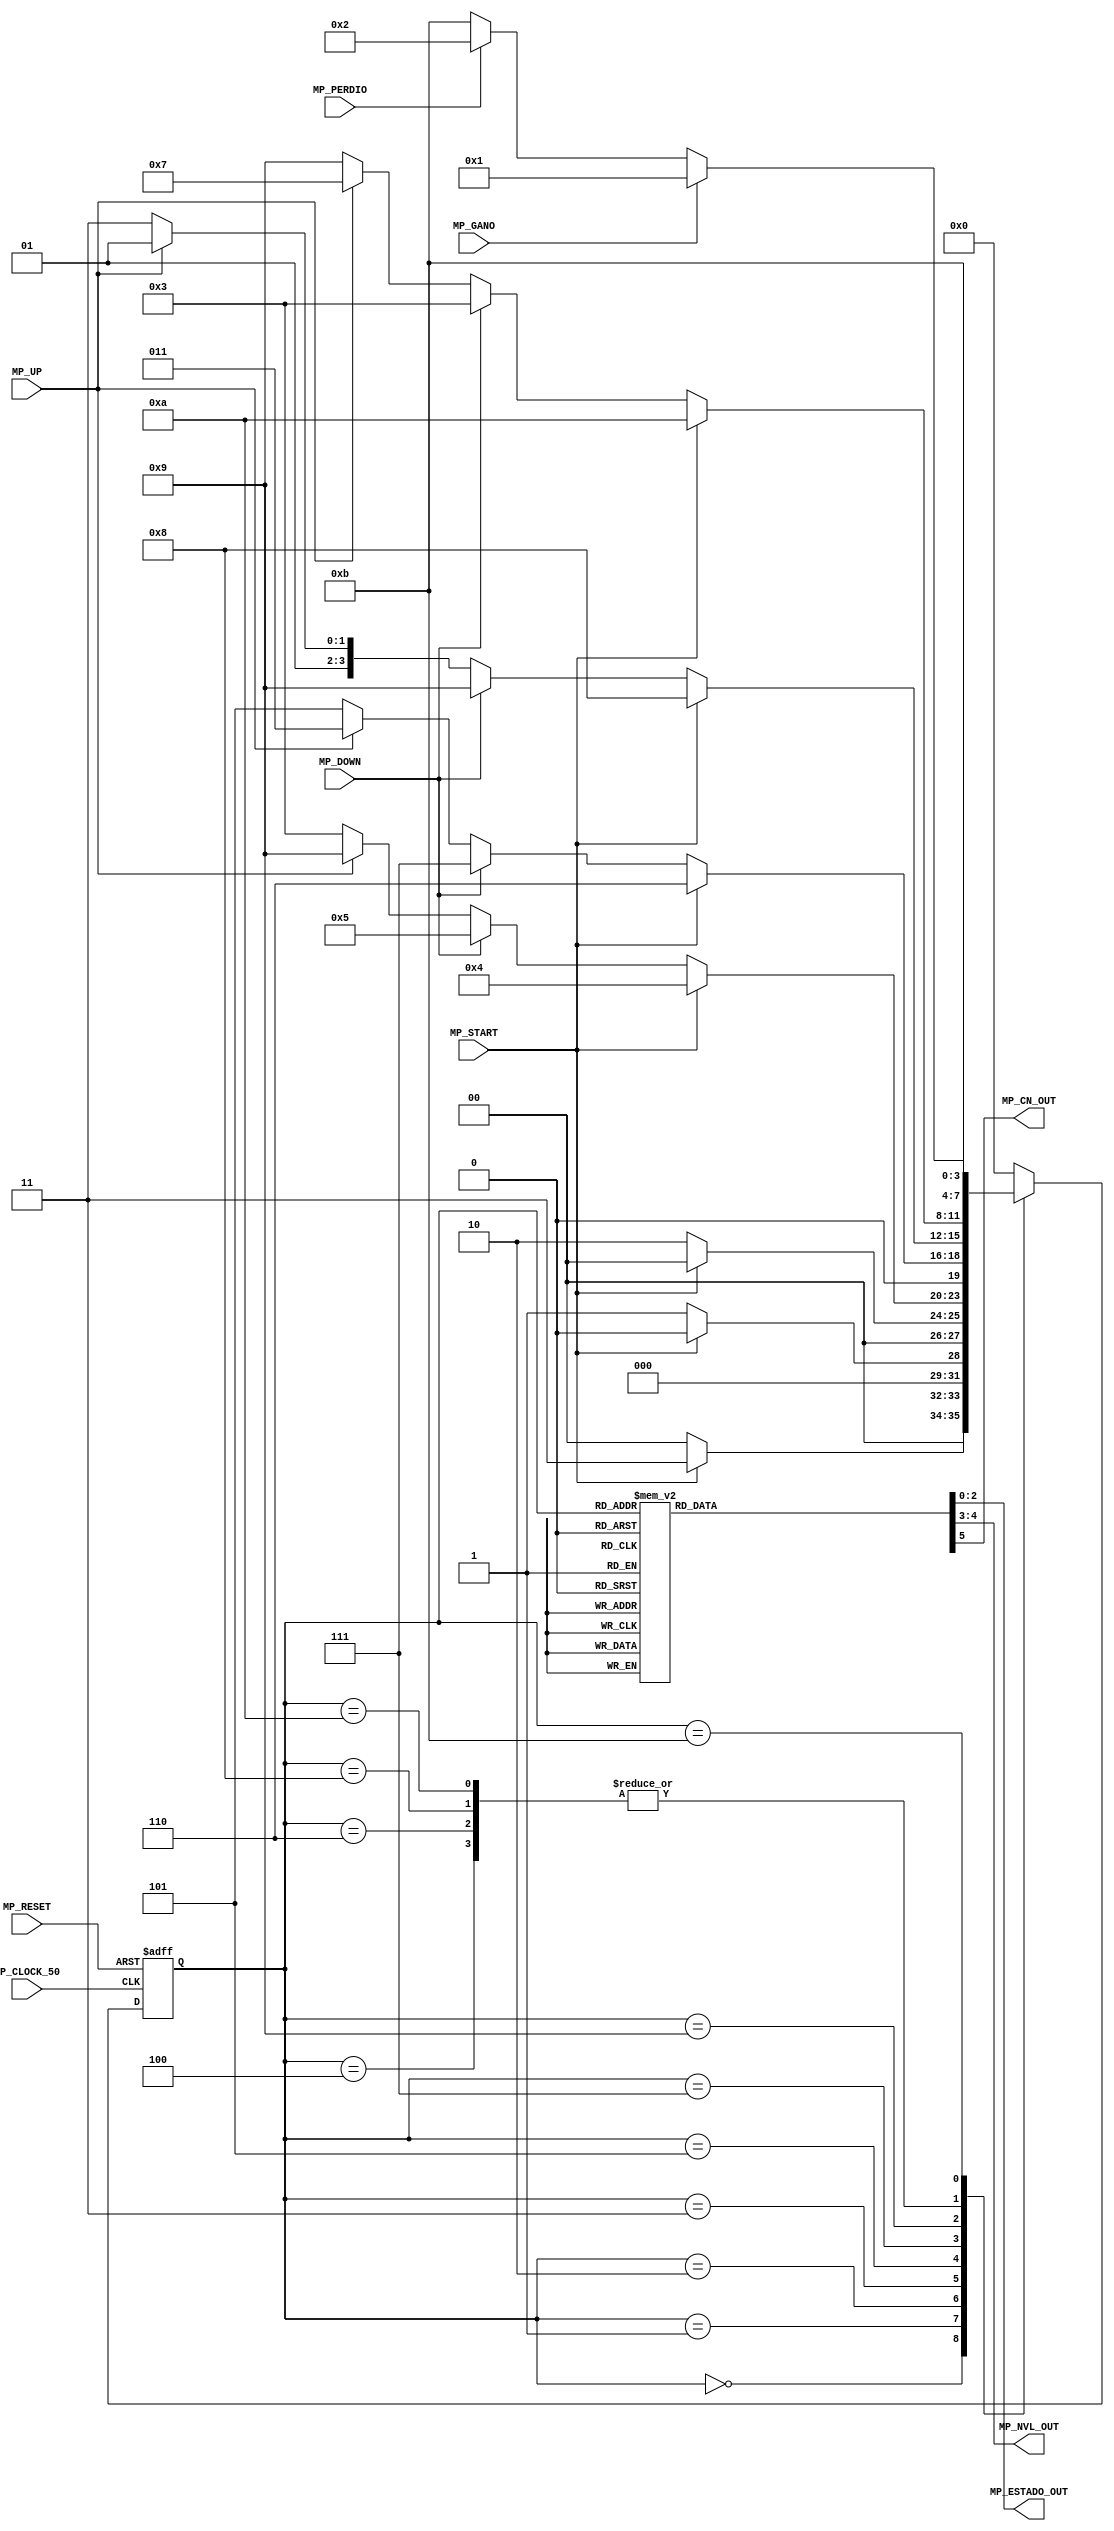
//=======================================================
//  MODULE Definition
//=======================================================
module MENU_PRINCIPAL(
//////////// OUTPUTS //////////
	MP_ESTADO_OUT,
	MP_NVL_OUT,
	MP_CN_OUT,
//////////// INPUTS //////////
	MP_GANO,
	MP_PERDIO,
	MP_DOWN,
	MP_UP,
	MP_START,
	MP_CLOCK_50,
	MP_RESET
);
//=======================================================
//  PARAMETER declarations
//=======================================================
	parameter DATAWIDTH_ESTADO=3;
	parameter DATAWIDTH_NIVEL=2;
// states declaration
	parameter Inicio = 4'b0000;
	parameter GanarJuego = 4'b0001;
	parameter PerderJuego = 4'b0010;
	parameter Seleccion1 = 4'b0011;
	parameter Nivel1 = 4'b0100;
	parameter Seleccion2 = 4'b0101;
	parameter Nivel2 = 4'b0110;
	parameter Seleccion3= 4'b0111;
	parameter Nivel3 = 4'b1000;
	parameter Seleccion4 = 4'b1001;
	parameter Nivel4 = 4'b1010;
	parameter Juego = 4'b1011;
//=======================================================
//  PORT declarations
//=======================================================
	output reg [DATAWIDTH_ESTADO-1:0]MP_ESTADO_OUT;
	output reg [DATAWIDTH_NIVEL-1:0] MP_NVL_OUT;
	output reg MP_CN_OUT;
	input MP_GANO;
	input MP_PERDIO;
	input MP_DOWN;
	input MP_UP;
	input MP_START;
	input MP_CLOCK_50;
	input MP_RESET;
		
//=======================================================
//  REG/WIRE declarations
//=======================================================
reg [3:0] St_Register;
reg [3:0] St_Signal;
//=======================================================
//  Structural coding
//=======================================================
//-------INPUT LOGIC: COMBINATIONAL-----------------------------
// NEXT STATE LOGIC : COMBINATIONAL
	always @(*)
	case (St_Register)
	
		Inicio: 	if(MP_START == 1'b1)
							St_Signal = Seleccion1 ;
					else 	St_Signal = Inicio; //MANTIENE EL ESTADO.
		GanarJuego: if (MP_START == 1'b1)
								St_Signal = Inicio;
						else St_Signal = GanarJuego; //MANTIENE EL ESTADO.
		PerderJuego: if (MP_START == 1'b1) 
							St_Signal = Inicio;
						else St_Signal = PerderJuego; //MANTIENE EL ESTADO.
		Seleccion1: if (MP_START == 1'b1)
								St_Signal = Nivel1;
						else if (MP_DOWN == 1'b1)
								St_Signal = Seleccion2;
						else if(MP_UP == 1'b1)
								St_Signal = Seleccion4;
						else	St_Signal = Seleccion1; //MANTIENE EL ESTADO
		Nivel1:    St_Signal = Juego;
		Seleccion2: if (MP_START == 1'b1)
								St_Signal = Nivel2;
						else if (MP_DOWN == 1'b1)
								St_Signal = Seleccion3;
						else if(MP_UP == 1'b1)
								St_Signal = Seleccion1;
						else	St_Signal = Seleccion2; //MANTIENE EL ESTADO
		Nivel2:    St_Signal = Juego;
		Seleccion3: if (MP_START == 1'b1)
								St_Signal = Nivel3;
						else if (MP_DOWN == 1'b1)
								St_Signal = Seleccion4;
						else if(MP_UP == 1'b1)
								St_Signal = Seleccion2;
						else	St_Signal = Seleccion3; //MANTIENE EL ESTADO
		Nivel3:    St_Signal = Juego;	
		Seleccion4: if (MP_START == 1'b1)
								St_Signal = Nivel4;
						else if (MP_DOWN == 1'b1)
								St_Signal = Seleccion1;
						else if(MP_UP == 1'b1)
								St_Signal = Seleccion3;
						else	St_Signal = Seleccion4; //MANTIENE EL ESTADO
		Nivel4:  	St_Signal = Juego;	
		Juego: if (MP_GANO == 1'b1 ) 
							St_Signal = GanarJuego;	
					else if (MP_PERDIO == 1'b1) 
							St_Signal = PerderJuego;		
					else St_Signal = Juego; //MANTIENE EL ESTADO.	
	default : St_Signal =  Inicio;
	endcase

//-------STATE REGISTER : SEQUENTIAL----------------------------
	always @ ( posedge MP_CLOCK_50 , posedge MP_RESET)
		if (MP_RESET==1)
			St_Register <= Inicio;
		else
			St_Register <= St_Signal;
			
//=======================================================
//  Outputs
//=======================================================
//-----------OUTPUT LOGIC : COMBINATIONAL -------------------------
	always @ (*)
		case (St_Register)
			Inicio :  
			begin  
			MP_ESTADO_OUT=3'b000;
			MP_NVL_OUT=2'b00;
			MP_CN_OUT=1'b0;
			end 
			GanarJuego:  
			begin 
			MP_ESTADO_OUT=3'b101;
			MP_NVL_OUT=2'b00;
			MP_CN_OUT=1'b0;
			end 
			PerderJuego:  
			begin 
			MP_ESTADO_OUT=3'b110;
			MP_NVL_OUT=2'b00;
			MP_CN_OUT=1'b0;
			end 
			Seleccion1:  
			begin 
			MP_ESTADO_OUT=3'b001;
			MP_NVL_OUT=2'b00;
			MP_CN_OUT=1'b0;
			end 
			Nivel1:
			begin 
			MP_ESTADO_OUT=3'b001;
			MP_NVL_OUT=2'b00;
			MP_CN_OUT=1'b1;
			end 
			Seleccion2:  
			begin 
			MP_ESTADO_OUT=3'b010;
			MP_NVL_OUT=2'b00;
			MP_CN_OUT=1'b0;
			end 
			Nivel2:
			begin 
			MP_ESTADO_OUT=3'b010;
			MP_NVL_OUT=2'b01;
			MP_CN_OUT=1'b1;
			end
			Seleccion3:  
			begin 
			MP_ESTADO_OUT=3'b011;
			MP_NVL_OUT=2'b00;
			MP_CN_OUT=1'b0;
			end 
			Nivel3:
			begin 
			MP_ESTADO_OUT=3'b011;
			MP_NVL_OUT=2'b10;
			MP_CN_OUT=1'b1;
			end
			Seleccion4:  
			begin 
			MP_ESTADO_OUT=3'b100;
			MP_NVL_OUT=2'b00;
			MP_CN_OUT=1'b0;
			end 
			Nivel4:
			begin 
			MP_ESTADO_OUT=3'b100;
			MP_NVL_OUT=2'b11;
			MP_CN_OUT=1'b1;
			end
			Juego:  
			begin 
			MP_ESTADO_OUT=3'b111;
			MP_NVL_OUT=2'b00;
			MP_CN_OUT=1'b0;
			end 
			default: 
			begin 
			MP_ESTADO_OUT=3'b000;
			MP_NVL_OUT=2'b00;
			MP_CN_OUT=1'b0;
			end
		endcase

endmodule